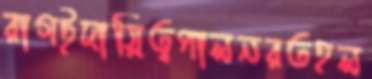
রাগইদায়িত্বপালনরতহল